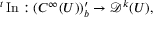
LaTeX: { } ^ { t } \operatorname { I n } : ( C ^ { \infty } ( U ) ) _ { b } ^ { \prime } \to { \mathcal { D } } ^ { k } ( U ) ,